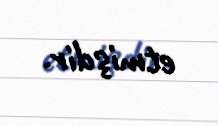
etmişdir.